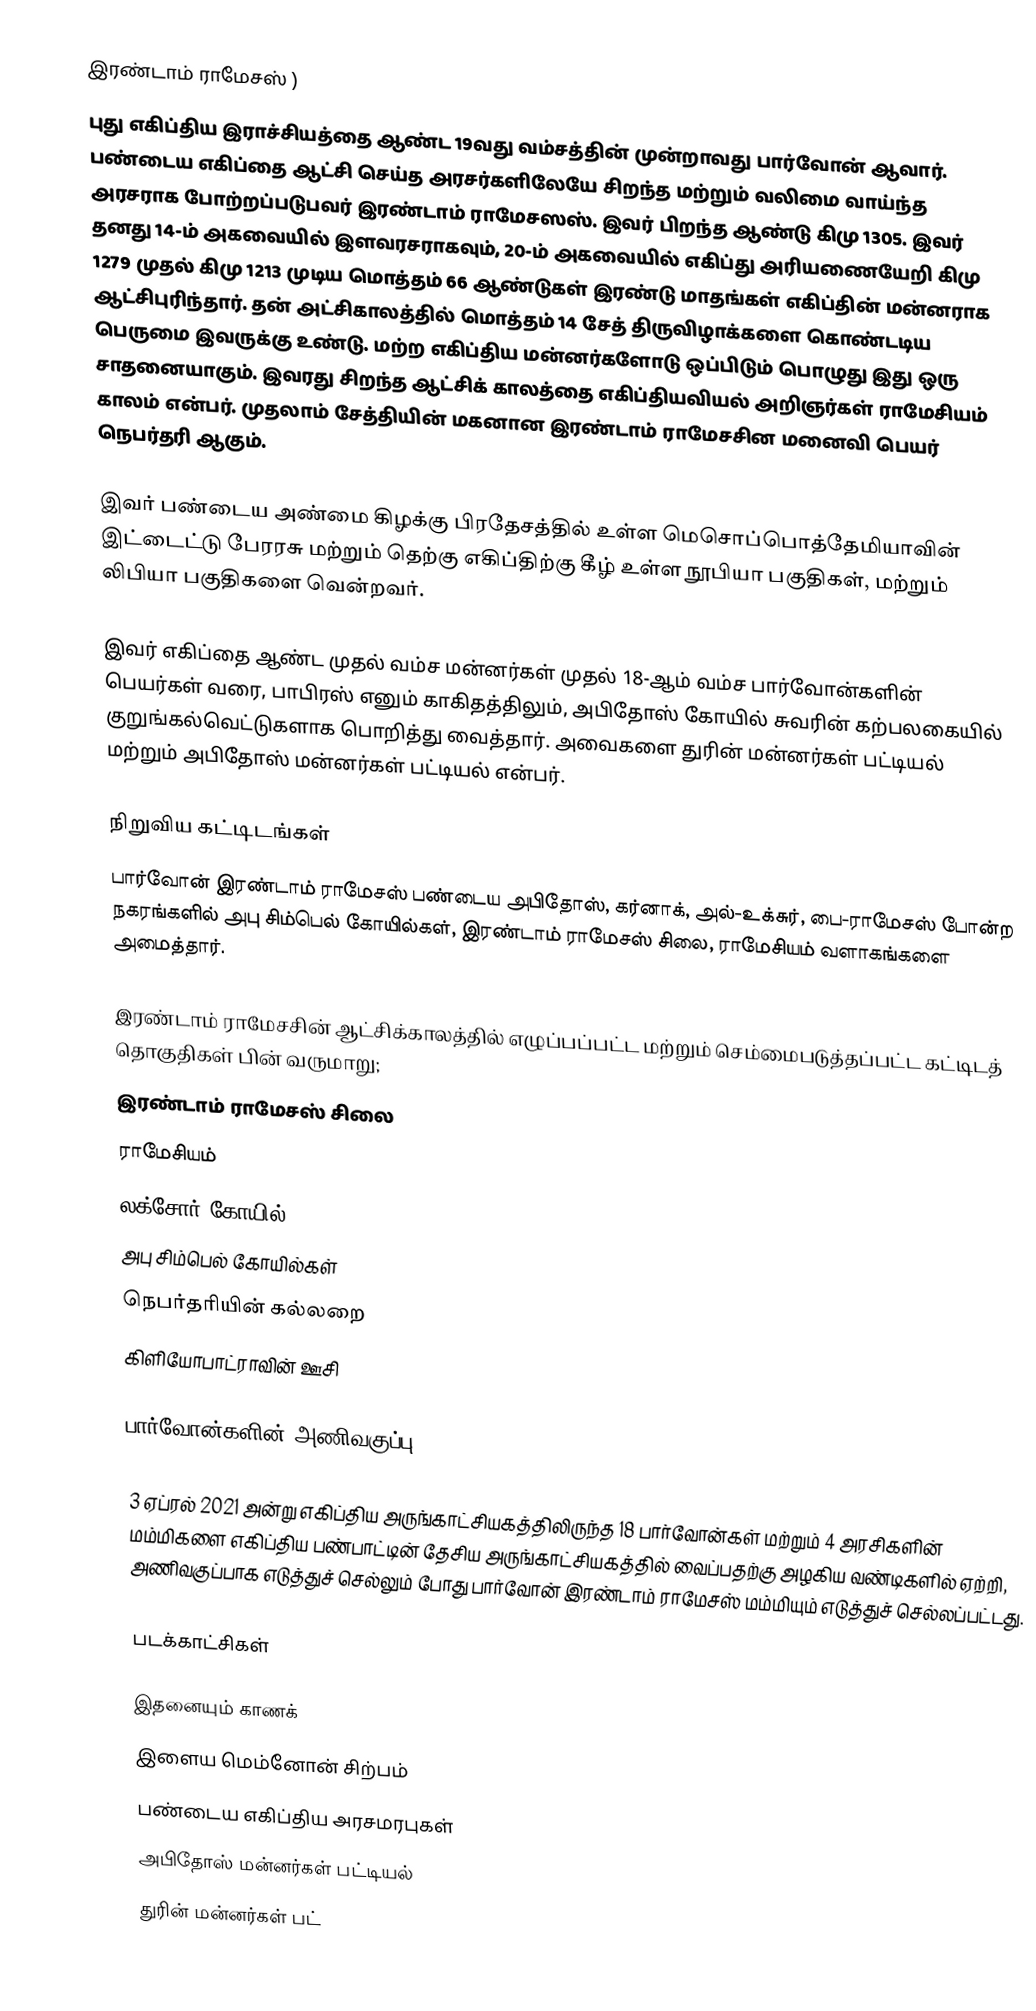
இரண்டாம் ராமேசஸ் )
புது எகிப்திய இராச்சியத்தை ஆண்ட 19வது வம்சத்தின் முன்றாவது பார்வோன் ஆவார். பண்டைய எகிப்தை ஆட்சி செய்த அரசர்களிலேயே சிறந்த மற்றும் வலிமை வாய்ந்த அரசராக போற்றப்படுபவர் இரண்டாம் ராமேசஸஸ். இவர் பிறந்த ஆண்டு  கிமு 1305. இவர் தனது 14-ம் அகவையில் இளவரசராகவும், 20-ம் அகவையில் எகிப்து அரியணையேறி கிமு 1279 முதல் கிமு 1213 முடிய மொத்தம் 66 ஆண்டுகள் இரண்டு மாதங்கள் எகிப்தின் மன்னராக ஆட்சிபுரிந்தார். தன் அட்சிகாலத்தில் மொத்தம் 14 சேத் திருவிழாக்களை கொண்டடிய பெருமை இவருக்கு உண்டு. மற்ற எகிப்திய மன்னர்களோடு ஒப்பிடும் பொழுது இது ஒரு சாதனையாகும். இவரது சிறந்த ஆட்சிக் காலத்தை  எகிப்தியவியல் அறிஞர்கள் ராமேசியம் காலம் என்பர். முதலாம் சேத்தியின் மகனான இரண்டாம் ராமேசசின மனைவி பெயர் நெபர்தரி ஆகும்.

இவர் பண்டைய அண்மை கிழக்கு பிரதேசத்தில் உள்ள மெசொப்பொத்தேமியாவின் இட்டைட்டு பேரரசு மற்றும் தெற்கு எகிப்திற்கு கீழ் உள்ள நூபியா பகுதிகள், மற்றும் லிபியா பகுதிகளை வென்றவர்.

இவர் எகிப்தை ஆண்ட முதல் வம்ச மன்னர்கள் முதல் 18-ஆம் வம்ச பார்வோன்களின் பெயர்கள் வரை, பாபிரஸ் எனும் காகிதத்திலும், அபிதோஸ் கோயில் சுவரின் கற்பலகையில் குறுங்கல்வெட்டுகளாக பொறித்து வைத்தார். அவைகளை துரின் மன்னர்கள் பட்டியல் மற்றும் அபிதோஸ் மன்னர்கள் பட்டியல் என்பர்.

நிறுவிய கட்டிடங்கள்
பார்வோன் இரண்டாம் ராமேசஸ் பண்டைய  அபிதோஸ்,  கர்னாக், அல்-உக்சுர்,  பை-ராமேசஸ் போன்ற நகரங்களில் அபு சிம்பெல் கோயில்கள், இரண்டாம் ராமேசஸ் சிலை, ராமேசியம் வளாகங்களை அமைத்தார்.

இரண்டாம் ராமேசசின் ஆட்சிக்காலத்தில் எழுப்பப்பட்ட மற்றும் செம்மைபடுத்தப்பட்ட கட்டிடத் தொகுதிகள் பின் வருமாறு;
 இரண்டாம் ராமேசஸ் சிலை
 ராமேசியம்
 லக்சோர் கோயில்
 அபு சிம்பெல் கோயில்கள்
 நெபர்தரியின் கல்லறை
 கிளியோபாட்ராவின் ஊசி

பார்வோன்களின் அணிவகுப்பு

3 ஏப்ரல் 2021 அன்று எகிப்திய அருங்காட்சியகத்திலிருந்த 18 பார்வோன்கள் மற்றும் 4 அரசிகளின் மம்மிகளை எகிப்திய பண்பாட்டின் தேசிய அருங்காட்சியகத்தில் வைப்பதற்கு  அழகிய வண்டிகளில் ஏற்றி, அணிவகுப்பாக எடுத்துச் செல்லும் போது பார்வோன் இரண்டாம் ராமேசஸ் மம்மியும் எடுத்துச் செல்லப்பட்டது.

படக்காட்சிகள்

இதனையும் காணக்
 இளைய மெம்னோன் சிற்பம்
 பண்டைய எகிப்திய அரசமரபுகள்
 அபிதோஸ் மன்னர்கள் பட்டியல்
 துரின் மன்னர்கள் பட்